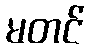
မတင်